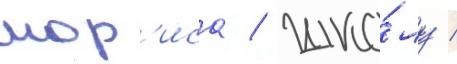
мор'иса / шко́лу /